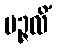
ပဉ္ဇလိံ